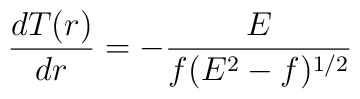
\frac{dT(r)}{dr}=-\frac{E}{f(E^2-f)^{1/2}} \,\,